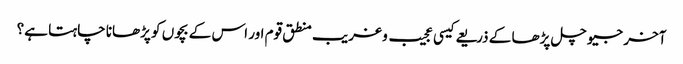
آخر جیو چل پڑھا کے ذریعے کیسی عجیب و غریب منطق قوم اور اس کے بچوں کو پڑھانا چاہتا ہے؟